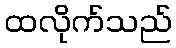
ထလိုက်သည်